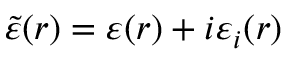
\tilde { \varepsilon } ( \boldsymbol { r } ) = \varepsilon ( \boldsymbol { r } ) + i \varepsilon _ { i } ( \boldsymbol { r } )